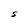
Character: S